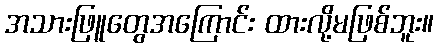
အသားဖြူတွေအကြောင်း ထားလို့မဖြစ်ဘူး။